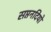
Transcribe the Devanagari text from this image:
सप्तनदियों